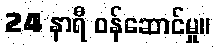
24 နာရီ ဝန်ဆောင်မှု။